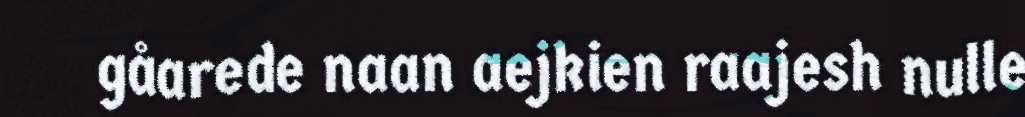
gåarede naan aejkien raajesh nulle